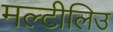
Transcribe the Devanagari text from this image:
मल्टीलिउ